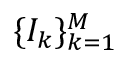
\{ I _ { k } \} _ { k = 1 } ^ { M }